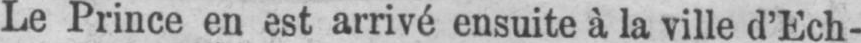
Le Prince en est arrivé ensuite à la ville d’Ech-